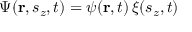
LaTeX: \Psi ( \mathbf { r } , s _ { z } , t ) = \psi ( \mathbf { r } , t ) \, \xi ( s _ { z } , t )